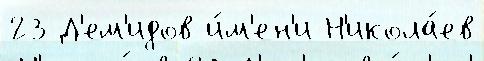
23 Д'ем'идов и́м'ен'и Н'икола́ев